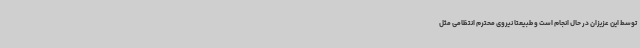
توسط این عزیزان در حال انجام است و طبیعتا نیروی محترم انتظامی مثل